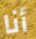
أنا